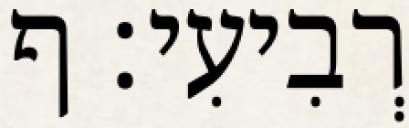
רְבִיעִי׃ ף